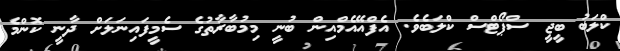
ކްލަބު ބީޖީ ސްޕޯޓްސް ކްލަބެވެ. އެފްއޭއެމްއިން ބުނީ މިމުބާރާތުގެ ސެމީފައިނަލަށް ދާނީ ކޮންމެ